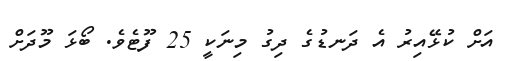
އަށް ކުޅޭއިރު އެ ދަނޑުގެ ދިގު މިނަކީ 25 ފޫޓެވެ. ބޯޅަ މޫދަށް